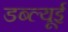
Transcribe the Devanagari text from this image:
डब्ल्यूई